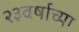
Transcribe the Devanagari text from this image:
२३वर्षाच्या